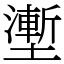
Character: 壍